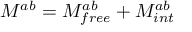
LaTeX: M ^ { a b } = M _ { f r e e } ^ { a b } + M _ { i n t } ^ { a b }